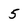
Character: 5